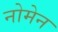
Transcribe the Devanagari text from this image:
नोमेन